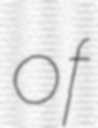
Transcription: of